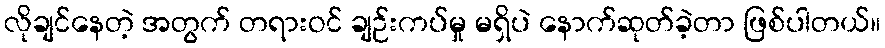
လိုချင်နေတဲ့ အတွက် တရားဝင် ချဉ်းကပ်မှု မရှိပဲ နောက်ဆုတ်ခဲ့တာ ဖြစ်ပါတယ်။